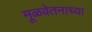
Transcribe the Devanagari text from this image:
मूळवेतनाच्या